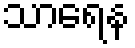
သာရေန